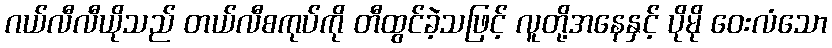
ဂယ်လီလီယိုသည် တယ်လီစကုပ်ကို တီထွင်ခဲ့သဖြင့် လူတို့အနေနှင့် ပိုမို ဝေးလံသော